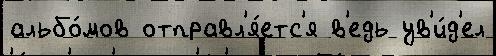
альбо́мов отправл'я́етс'я в'едь ув'и́д'ел